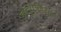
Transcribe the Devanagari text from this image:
नेदुंचेज़ियन